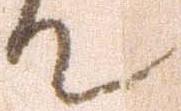
て